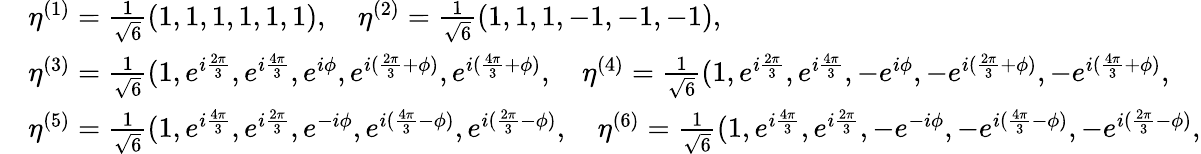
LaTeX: \begin{array}{rl}&{\eta^{(1)}=\frac{1}{\sqrt{6}}(1,1,1,1,1,1),\quad\eta^{(2)}=\frac{1}{\sqrt{6}}(1,1,1,-1,-1,-1),}\\ &{\eta^{(3)}=\frac{1}{\sqrt{6}}(1,e^{i\frac{2\pi}{3}},e^{i\frac{4\pi}{3}},e^{i\phi},e^{i(\frac{2\pi}{3}+\phi)},e^{i(\frac{4\pi}{3}+\phi)},\quad\eta^{(4)}=\frac{1}{\sqrt{6}}(1,e^{i\frac{2\pi}{3}},e^{i\frac{4\pi}{3}},-e^{i\phi},-e^{i(\frac{2\pi}{3}+\phi)},-e^{i(\frac{4\pi}{3}+\phi)},}\\ &{\eta^{(5)}=\frac{1}{\sqrt{6}}(1,e^{i\frac{4\pi}{3}},e^{i\frac{2\pi}{3}},e^{-i\phi},e^{i(\frac{4\pi}{3}-\phi)},e^{i(\frac{2\pi}{3}-\phi)},\quad\eta^{(6)}=\frac{1}{\sqrt{6}}(1,e^{i\frac{4\pi}{3}},e^{i\frac{2\pi}{3}},-e^{-i\phi},-e^{i(\frac{4\pi}{3}-\phi)},-e^{i(\frac{2\pi}{3}-\phi)},}\end{array}